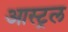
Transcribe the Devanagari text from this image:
आस्ट्रल